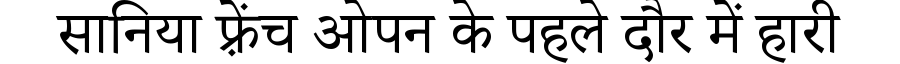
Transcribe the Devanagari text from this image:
सानिया फ़्रेंच ओपन के पहले दौर में हारी